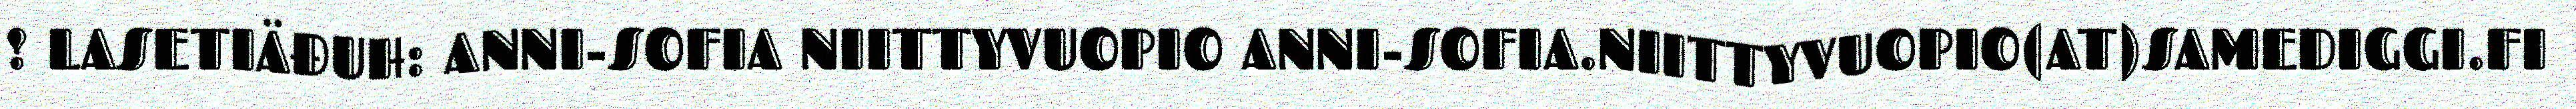
! LASETIÄĐUH: ANNI-SOFIA NIITTYVUOPIO ANNI-SOFIA.NIITTYVUOPIO(AT)SAMEDIGGI.FI